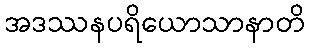
အဒဿနပရိယောသာနာတိ